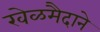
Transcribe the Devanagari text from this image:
खेळमैदाने